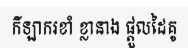
កីឡាករខាំ ខ្លានាង ផ្តួលដៃគូ